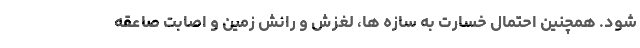
شود. همچنین احتمال خسارت به سازه ها، لغزش و رانش زمین و اصابت صاعقه